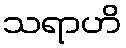
သရာဟိ